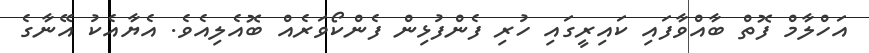
އަހްލާމް ފޮތް ބާއްވާފައި ކައިރީގައި ހުރި ފެންފުޅިން ފެންކޯވަރެއް ބޮއެލިއެވެ. އެޔާއެކު އޭނާގެ